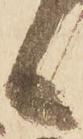
候